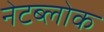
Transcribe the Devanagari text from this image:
नेटब्लोक